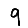
Digit: 9